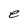
Character: e